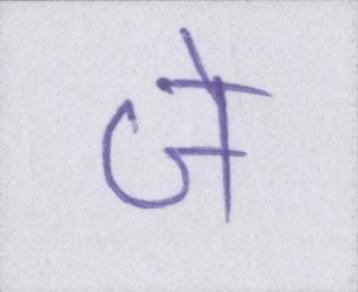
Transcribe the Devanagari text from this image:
जे